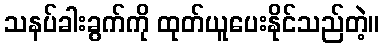
သနပ်ခါးခွက်ကို ထုတ်ယူပေးနိုင်သည်တဲ့။